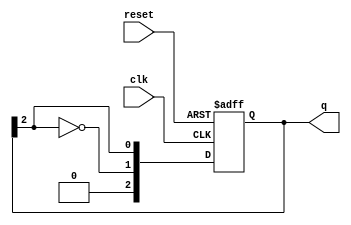
module modified_johnson_counter #(parameter N = 3) (
    input wire clk,         // Clock input
    input wire reset,       // Asynchronous reset
    output reg [N-1:0] q    // Q output
);

    // On reset, initialize the counter to '0'
    always @(posedge clk or posedge reset) begin
        if (reset) begin
            q <= {N{1'b0}};  // Initialize all bits to 0
        end else begin
            // Shift the state and feed back the inverted last flip-flop output
            q <= {~q[N-1], q[N-1:N-1]};  // Shift with inverted feedback
        end
    end

endmodule